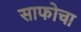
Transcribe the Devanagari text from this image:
साफोचा